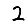
Digit: 2